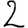
Digit: 2